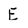
Character: E